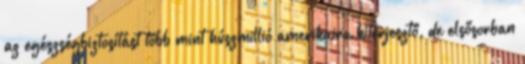
az egészségbiztosítást több mint húszmillió amerikaira kiterjesztő, de elsősorban